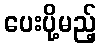
ပေးပို့မည့်